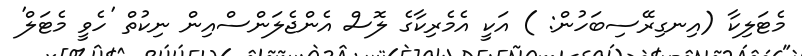
މެޓަލިކާ (އިނގިރޭސިބަހުން: ) އަކީ އެމެރިކާގެ ލޮސް އެންޖެލަންސްއިން ނިކުތް 'ހެވީ މެޓަލް'